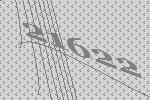
21622